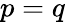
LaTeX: {p=q}